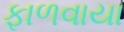
ફાળવાયા